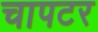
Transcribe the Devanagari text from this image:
चापटर